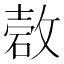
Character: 𰧋